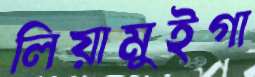
লিয়ামুইগা